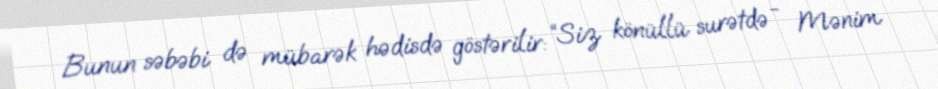
Bunun səbəbi də mübarək hədisdə göstərilir: “Siz könüllü surətdə - Mənim